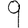
Digit: 9